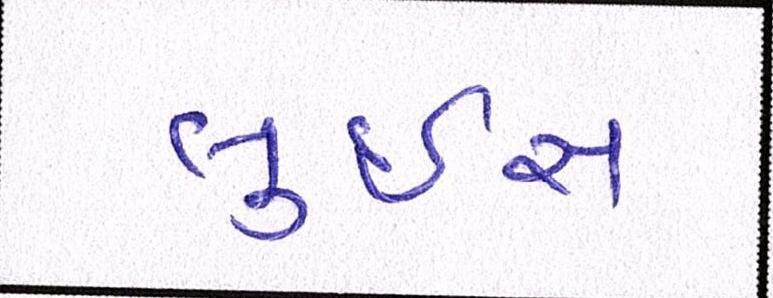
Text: લુઇસ